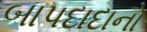
બાપદાદાનો